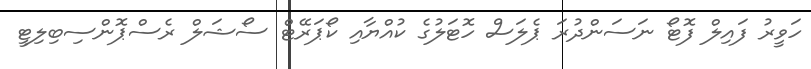
ހަވީރު ފައިލް ފޮޓޯ ނަސަންދުރަ ޕެލަސް ހޮޓަލުގެ ކުއްޔާއި ކޯޕަރޭޓް ސޯޝަލް ރެސްޕޮންސިބިލިޓީ